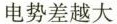
电势差越大